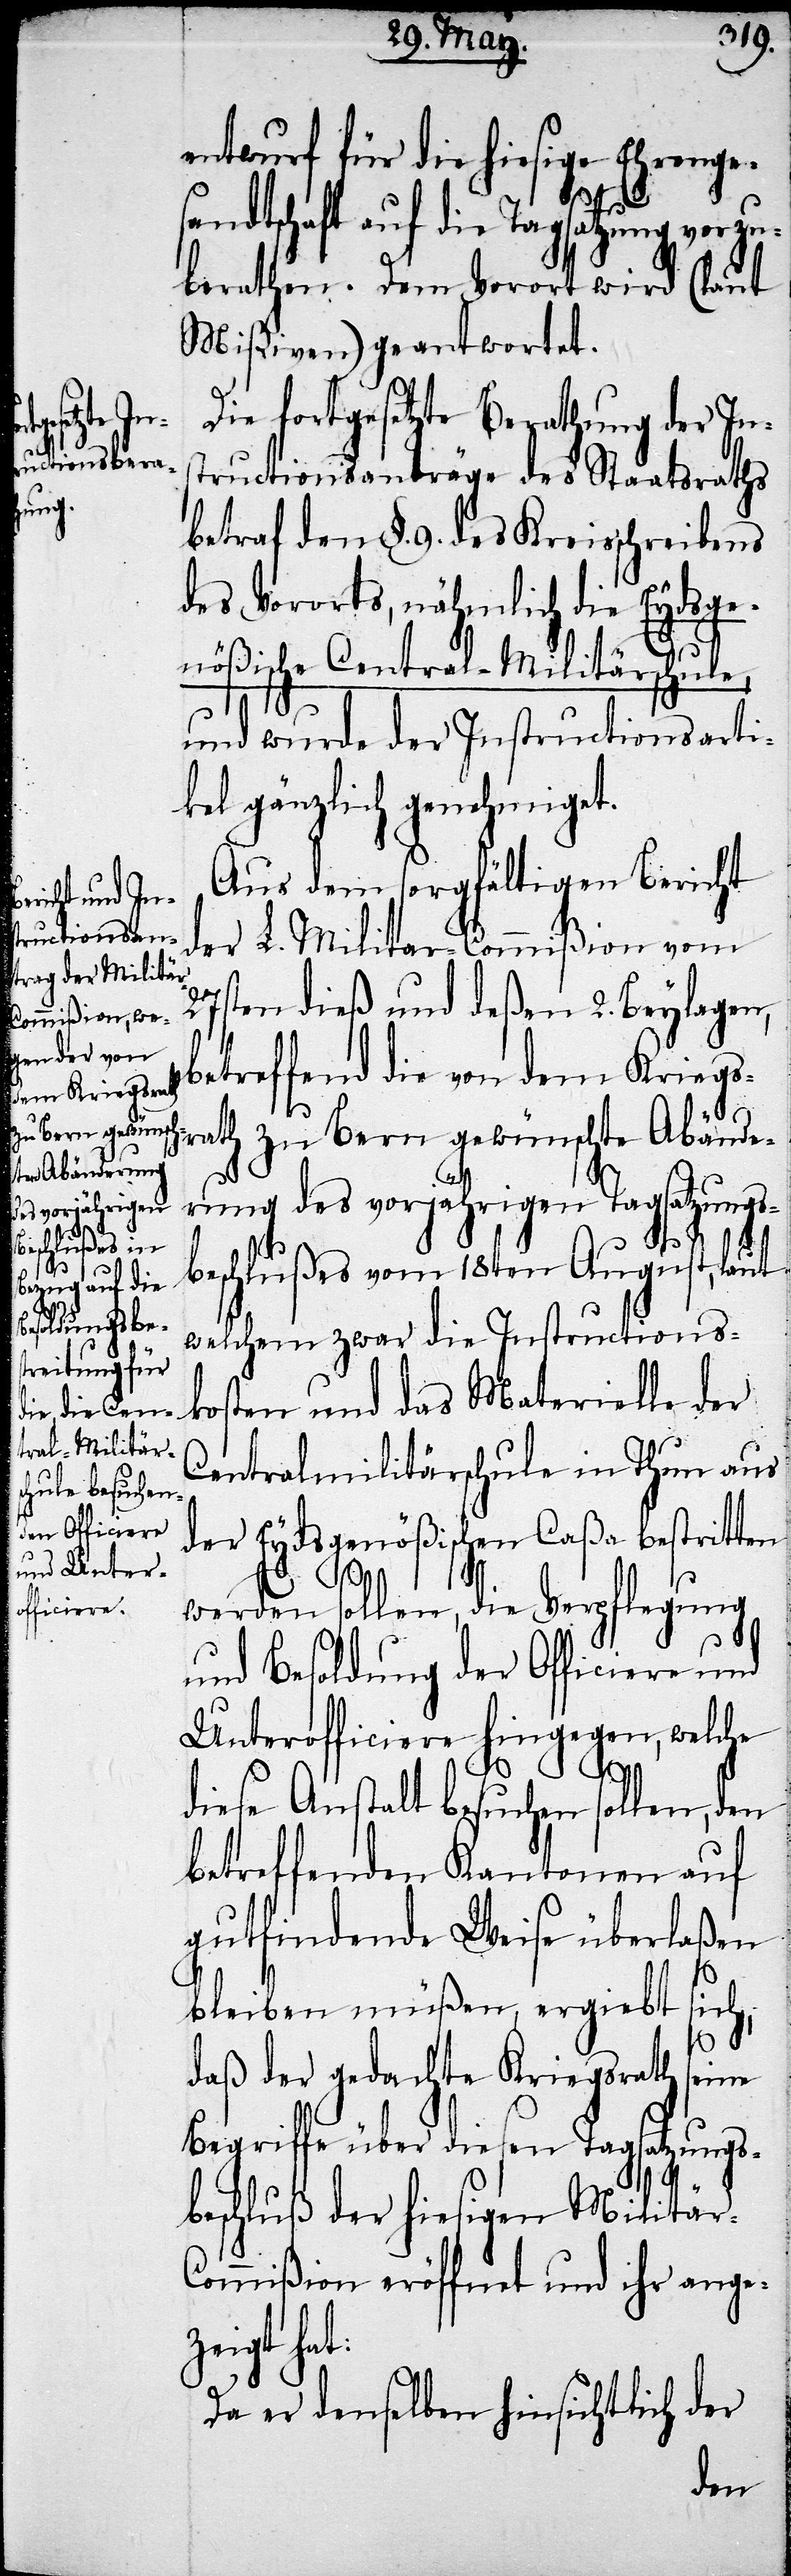
entwurf für die hiesigen Ehrenge¬
sandtschaft auf die Tagsatzung vorzu¬
berathen. Dem Vorort wird (laut
Mißiven) geantwortet.
Die fortgesetzte Berathung der Ins¬
das Mate¬
tructionsanträge des Staatsraths
betraf den §. 9. des Kreisschreibens
des Vororts, nähmlich die Eydsge¬
nößische Central-Militärschule,
und wurde der Instructionsarti¬
kel gänzlich genehmiget.
Aus dem sorgfältigen Bericht
der L. Militär-Commißion vom
27sten dieß und deßen 2. Beylagen,
betreffend die von dem Kriegs¬
rath zu Bern gewünschte Abände¬
rung des vorjährigen Tagsatzungs¬
beschlußes vom 18ten August, laut
rielle
welchem zwar die Instructions¬
Centralmilitärschule in Thun aus
der Eydsgenößischen Caßa bestritten
werden sollen, die Verpflegung
und Besoldung der Officiere und
Unterofficiere hingegen, welche
diese Anstalt besuchen sollen, den
betreffenden Kantonen auf
gutfindende Weise überlaßen
sich,
bleiben müßen, ergiebt
daß der gedachte Kriegsrath
seine
Begriffe über diesen Tagsatzungs¬
beschluß der hiesigen Militär-C¬
ommißion eröffnet und ihr ange¬
zeigt hat:
Da er denselben hinsichtlich der
der